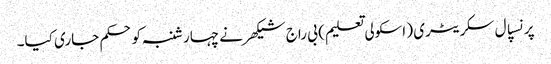
پرنسپال سکریٹری ( اسکولی تعلیم ) بی راج شیکھر نے چہارشنبہ کوحکم جاری کیا۔